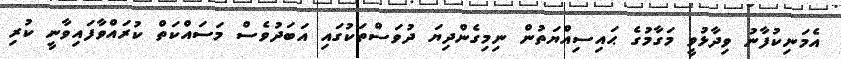
އެމަނިކުފާނު ވިދާޅުވީ މަގާމުގެ ޙައިސިއްޔަތުން ނިމިގެންދިޔަ ދުވަސްތަކުގައި އަބަދުވެސް މަސައްކަތް ކުރައްވާފައިވާނީ ކުރި